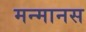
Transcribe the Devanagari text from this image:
मन्मानस